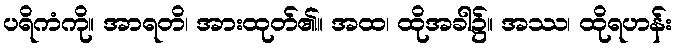
ပရိကံကို။ အာရတိ၊ အားထုတ်၏။ အထ၊ ထိုအခါ၌။ အဿ၊ ထိုရဟန်း